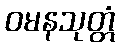
ဝမနသုတ္တံ